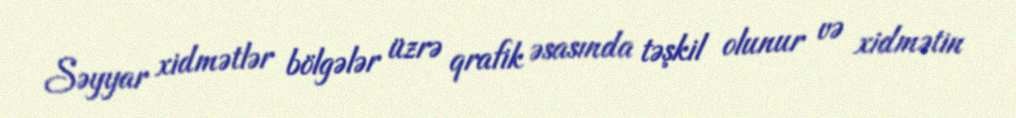
Səyyar xidmətlər bölgələr üzrə qrafik əsasında təşkil olunur və xidmətin